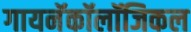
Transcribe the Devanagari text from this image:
गायनॅकॉलॉजिकल